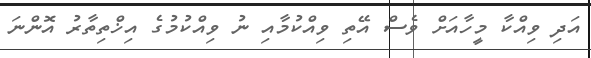
އަދި ވިއްކާ މީހާއަށް ވެސް އޭތި ވިއްކުމާއި ނު ވިއްކުމުގެ އިޚްތިތާރު އޮންނަ